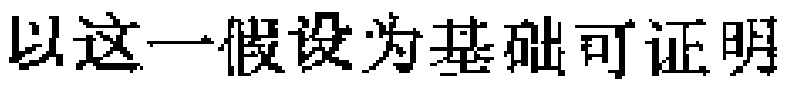
以这一假设为基础可证明